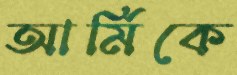
আর্মিকে